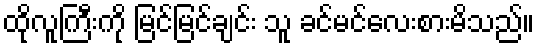
ထိုလူကြီးကို မြင်မြင်ချင်း သူ ခင်မင်လေးစားမိသည်။